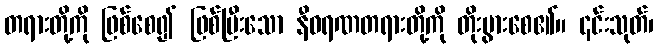
တရားတို့ကို ဖြစ်စေ၍ ဖြစ်ပြီးသော နီဝရဏတရားတို့ကို တိုးပွားစေ၏။ ၎င်းသုတ်၊